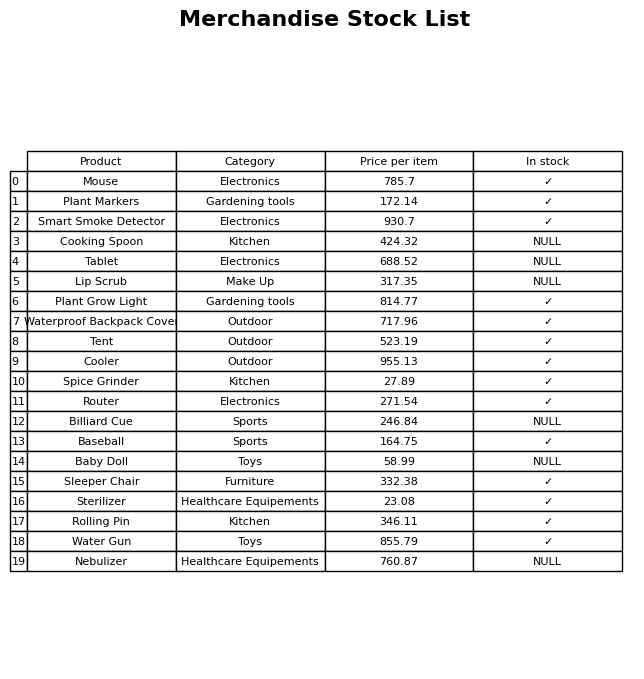
question: Is the Rolling Pin in stock?
answer: ✓